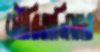
মৌরিতানিয়ার